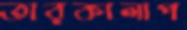
তারকালাপ